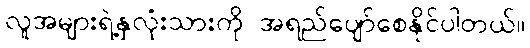
လူအများရဲ့နှလုံးသားကို အရည်ပျော်စေနိုင်ပါတယ်။